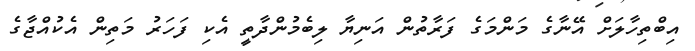
އިބްތިހާލަށް އޭނާގެ މަންމަގެ ފަރާތުން އަނިޔާ ލިބެމުންދާތީ އެކި ފަހަރު މަތިން އެކުއްޖާގެ